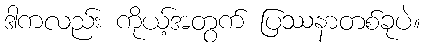
ဒါကလည်း ကိုယ့်အတွက် ပြဿနာတစ်ခုပဲ။